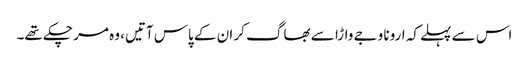
اس سے پہلے کہ ارونا وجے واڑا سے بھاگ کر ان کے پاس آتیں، وہ مر چکے تھے۔